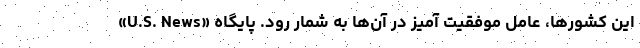
این کشورها، عامل موفقیت آمیز در آن‌ها به شمار رود. پایگاه «U.S. News»